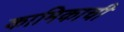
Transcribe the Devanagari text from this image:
कामिकाची